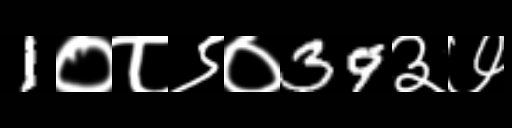
Text: 1०८९०39३७